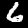
Digit: 6